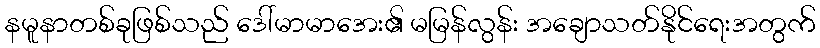
နမူနာတစ်ခုဖြစ်သည် ဒေါ်မာမာအေး၏ မမြန်လွန်း အချောသတ်နိုင်ရေးအတွက်